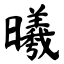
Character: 曦